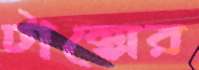
টাক্সের